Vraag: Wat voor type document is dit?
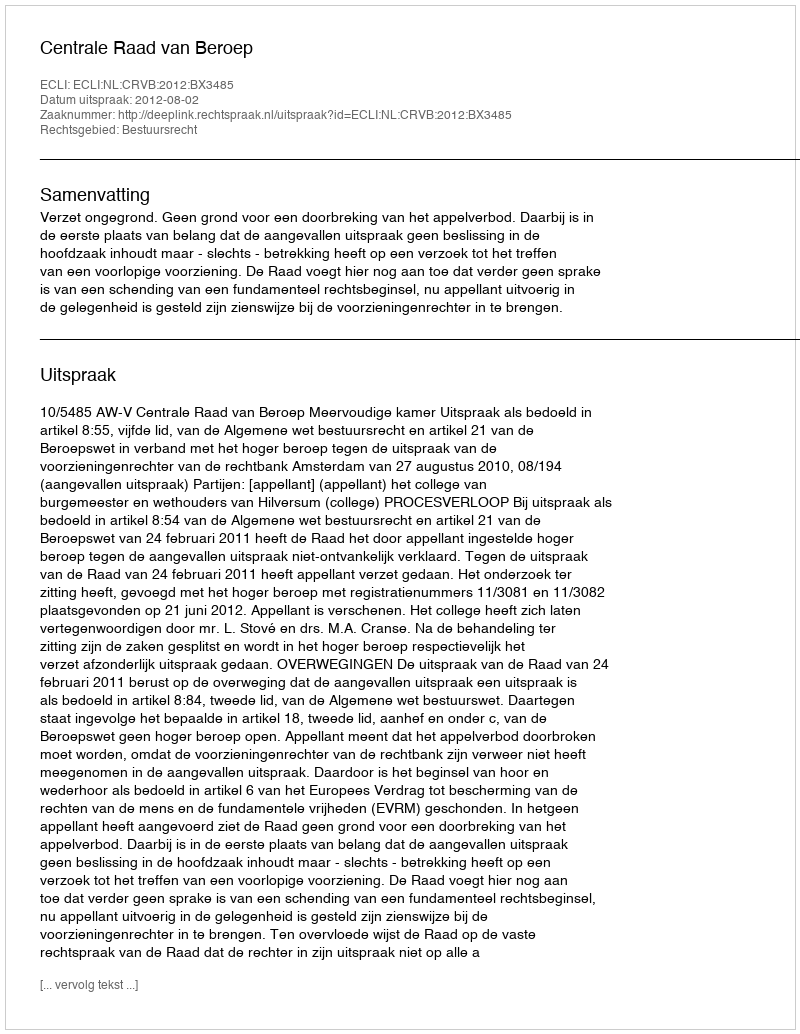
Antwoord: Uitspraak